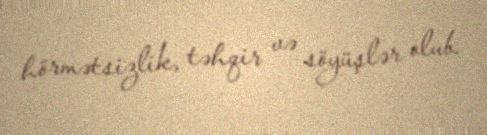
hörmətsizlik, təhqir və söyüşlər olub.